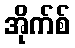
အိုက်စ်